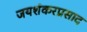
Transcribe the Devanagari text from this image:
जयशंकरप्रसाद